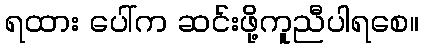
ရထား ပေါ်က ဆင်းဖို့ကူညီပါရစေ။